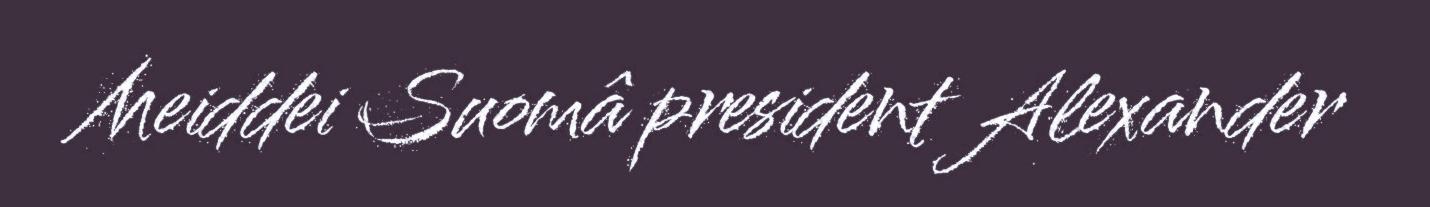
Meiddei Suomâ president Alexander